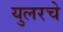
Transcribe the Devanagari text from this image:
युलरचे